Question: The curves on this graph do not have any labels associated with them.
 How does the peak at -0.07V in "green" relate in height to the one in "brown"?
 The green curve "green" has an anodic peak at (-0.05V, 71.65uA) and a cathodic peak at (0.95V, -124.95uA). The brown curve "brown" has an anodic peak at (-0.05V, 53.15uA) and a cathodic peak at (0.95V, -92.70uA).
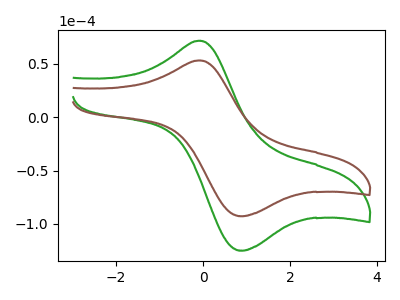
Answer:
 <answer>The peak at -0.07V is higher in "green" than in "brown".</answer>
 <eval>higher</eval>